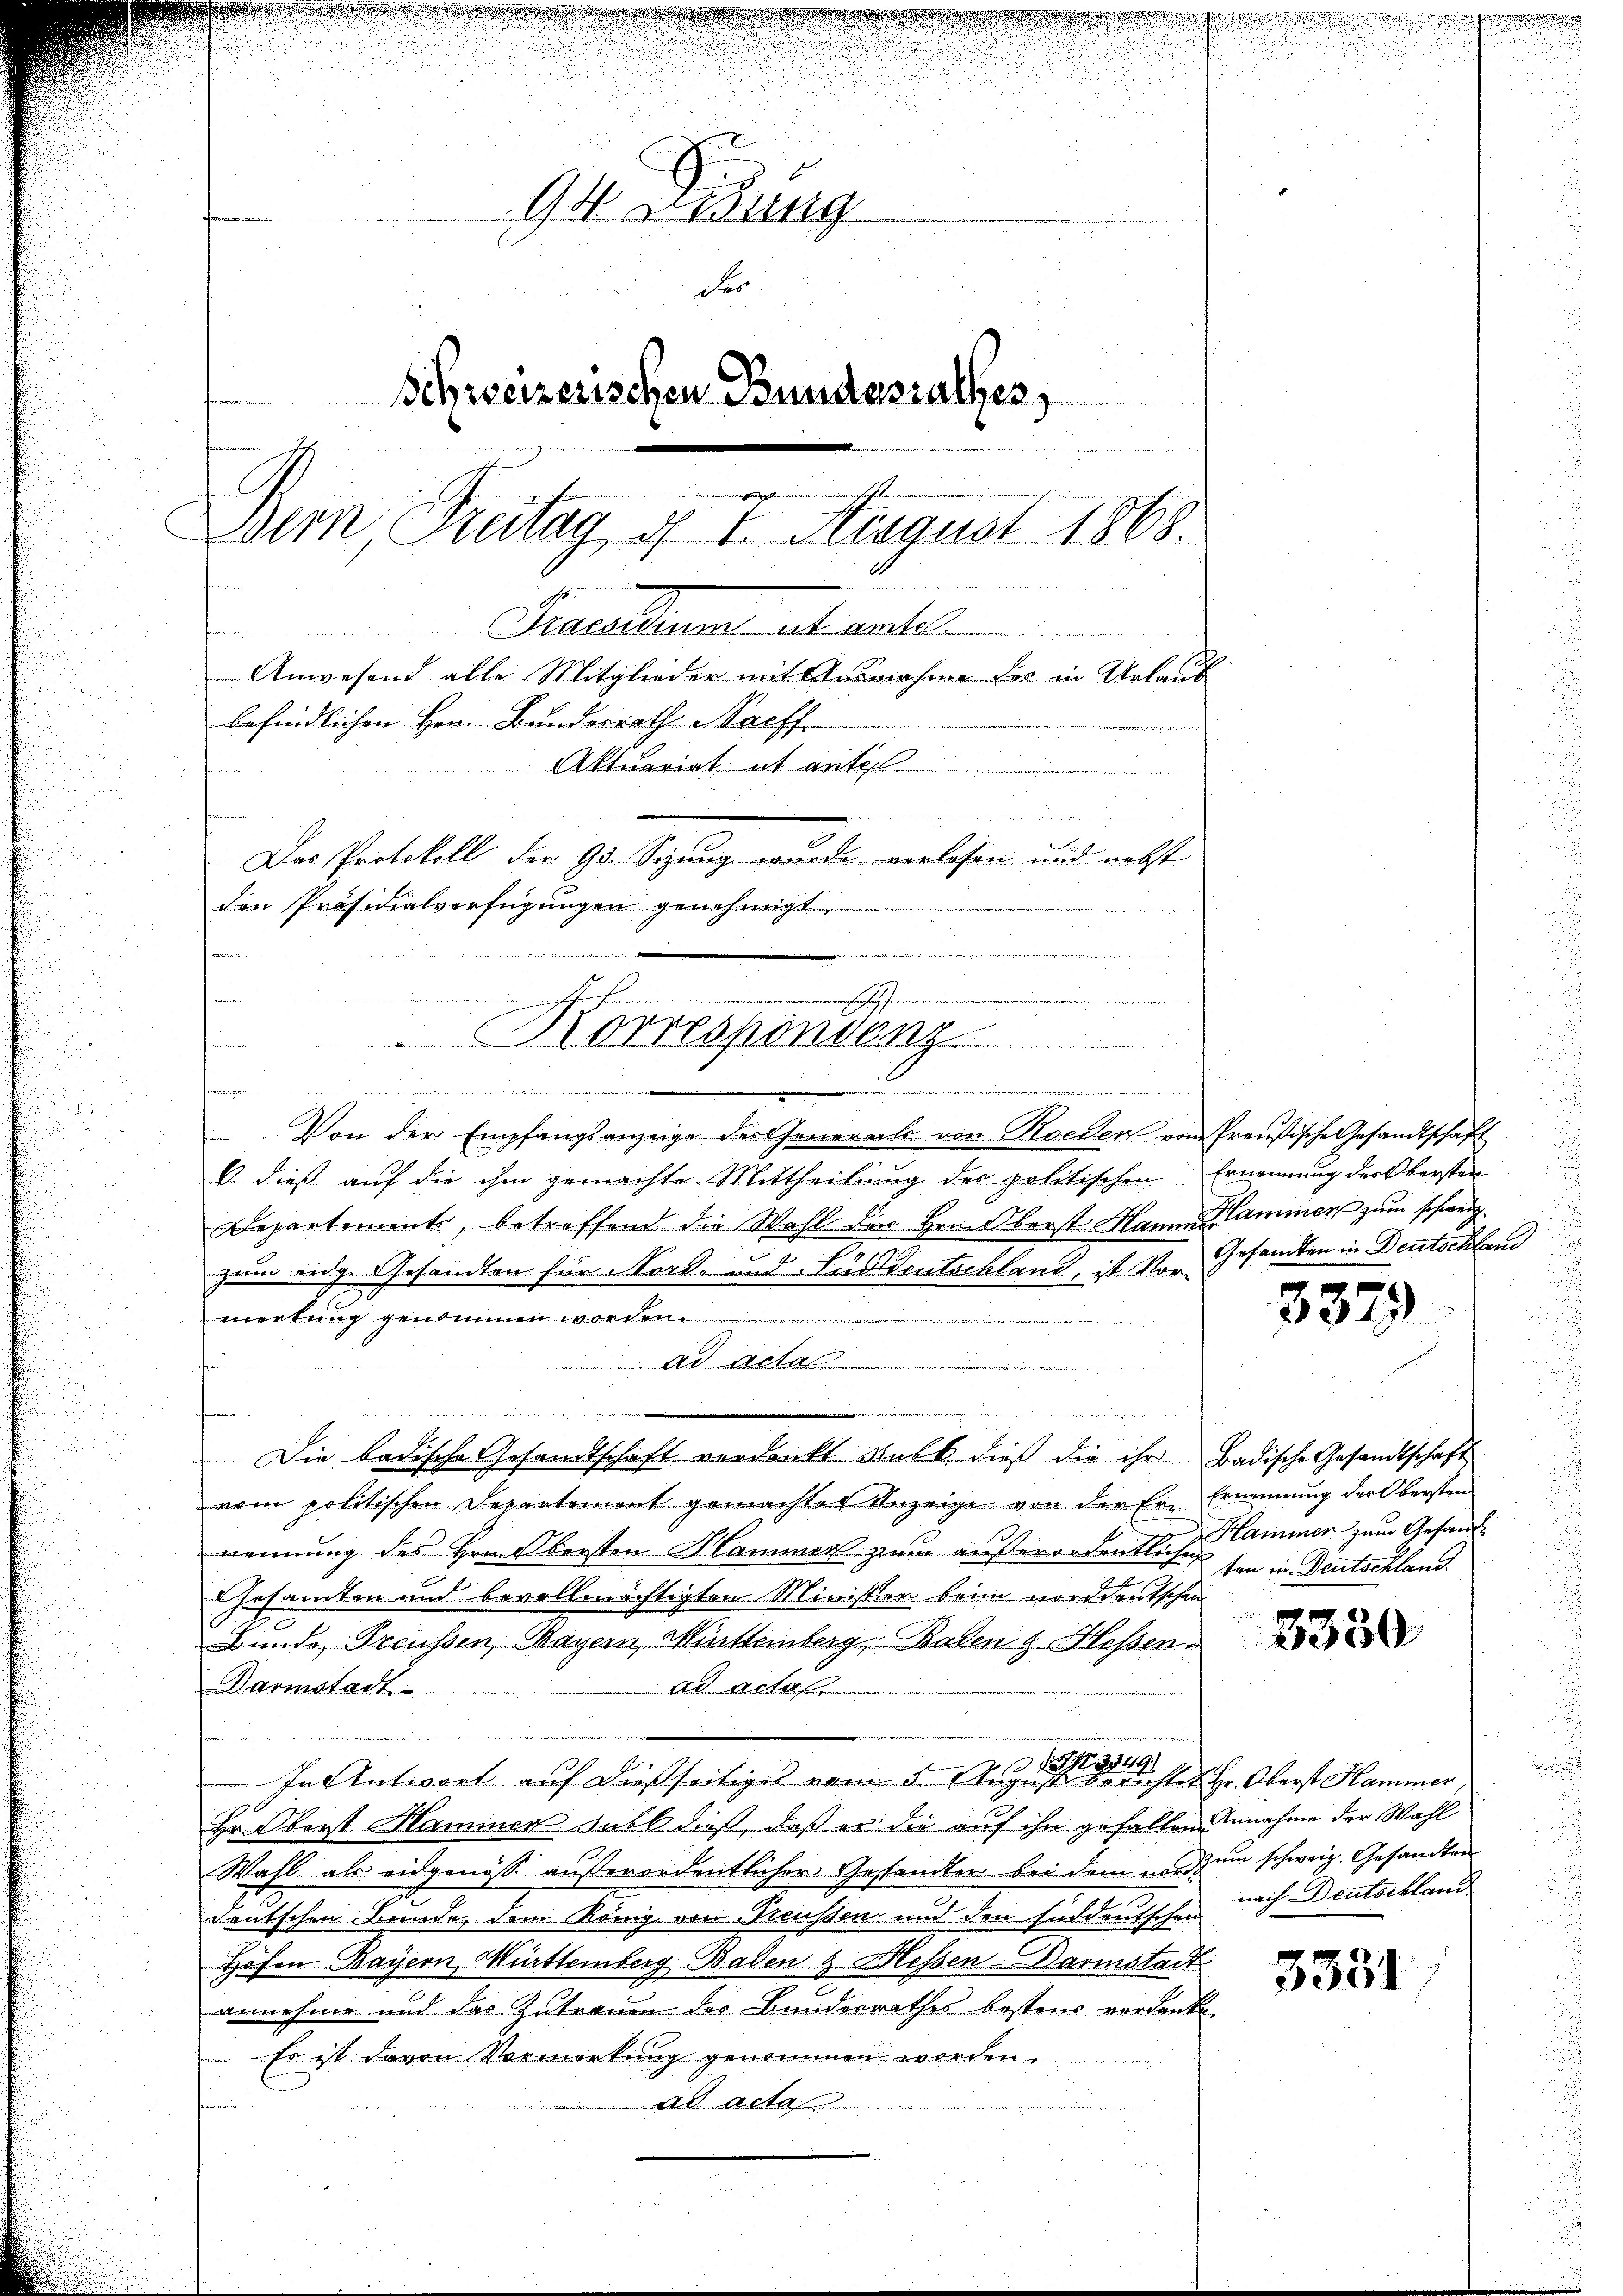
Gat ridung
der
Schweizerischen Bundesrathes,
n
e
Dem Breitag d. 1. August 1868.

Parallem abanten
n
Anwesend alle Mitglieder mit Ausnahme des in Urlauf
befindlichen Hrn. Bunderrath Nachf
Aktuariat et ante
e
 ..
Das Protokoll der 93. Sizung wurde verlesen und nebst
den Präsidialverfügungen genehmigt.
o
e

n
Korrespondenz
42
wer in angen in und meine Bedenken

Von der Empfangsanzeige des Generals von Roeden vom Preußische Gesandtschaft
V. dieß auf die ihm gemachte Mittheilung des politischen Ernennung der Obersten
Departements, betreffend die Wahl des Hrnn berst Hanne Kammer zum schweiz.
zum eige Gesandten für Nord- und Füsidentschland, ist vor Gesandten in Deutschler
merkung genommen worden.
Ad Acta
e
 den des durch den

Die badische Gesandtschaft verdankt sub b. dieß die ihr Badische Gesandtschaft
vom politischen Departement gemachter Anzeige von der Er-Ernennung der Obersten
nennung des Hrn. Bersten Hammer zum außerordentliche Ammer zum Gesande
Gesamten und bevollmächtigten Minister beim norddeutschen
Bunde, Treussen, Bayern, Württemberg, Baden & Hessen
Ad Acta
Darmstadt
u
22349.
In Antwort auf dießseitiges vom 5. August berichtet Hr. Oberst Hammer,
Hr. Oberst Haminer Fall dieß, daß er die auf ihn gefallen Annahme der Wahl
Wahl als eidgenoss außerordentlicher Gestandter bei dem modum schweiz. Gesandten
deutschen Bunde, dem König von Preussen und den Enddeutschen nach Deutschland
Höfen Bayern Mittemberg Baden & Hessen-Darmstadt
annehme und das Zutrauen des Bundesrathes bestens verdanke
Es ist davon Vormerkung genommen worden.
ad acta

d
e

3379

ten in Deutschland.

3330

3331